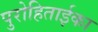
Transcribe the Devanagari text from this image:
पुरोहिताईका